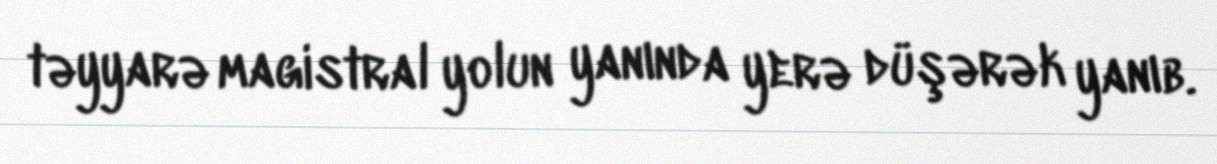
təyyarə magistral yolun yanında yerə düşərək yanıb.